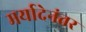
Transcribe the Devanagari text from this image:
मर्यादेनंतर